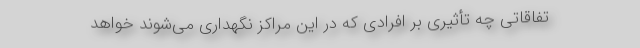
تفاقاتی چه تأثیری بر افرادی که در این مراکز نگهداری می‌شوند خواهد